V__Kingissepa_nim__kolhoos, lk 26
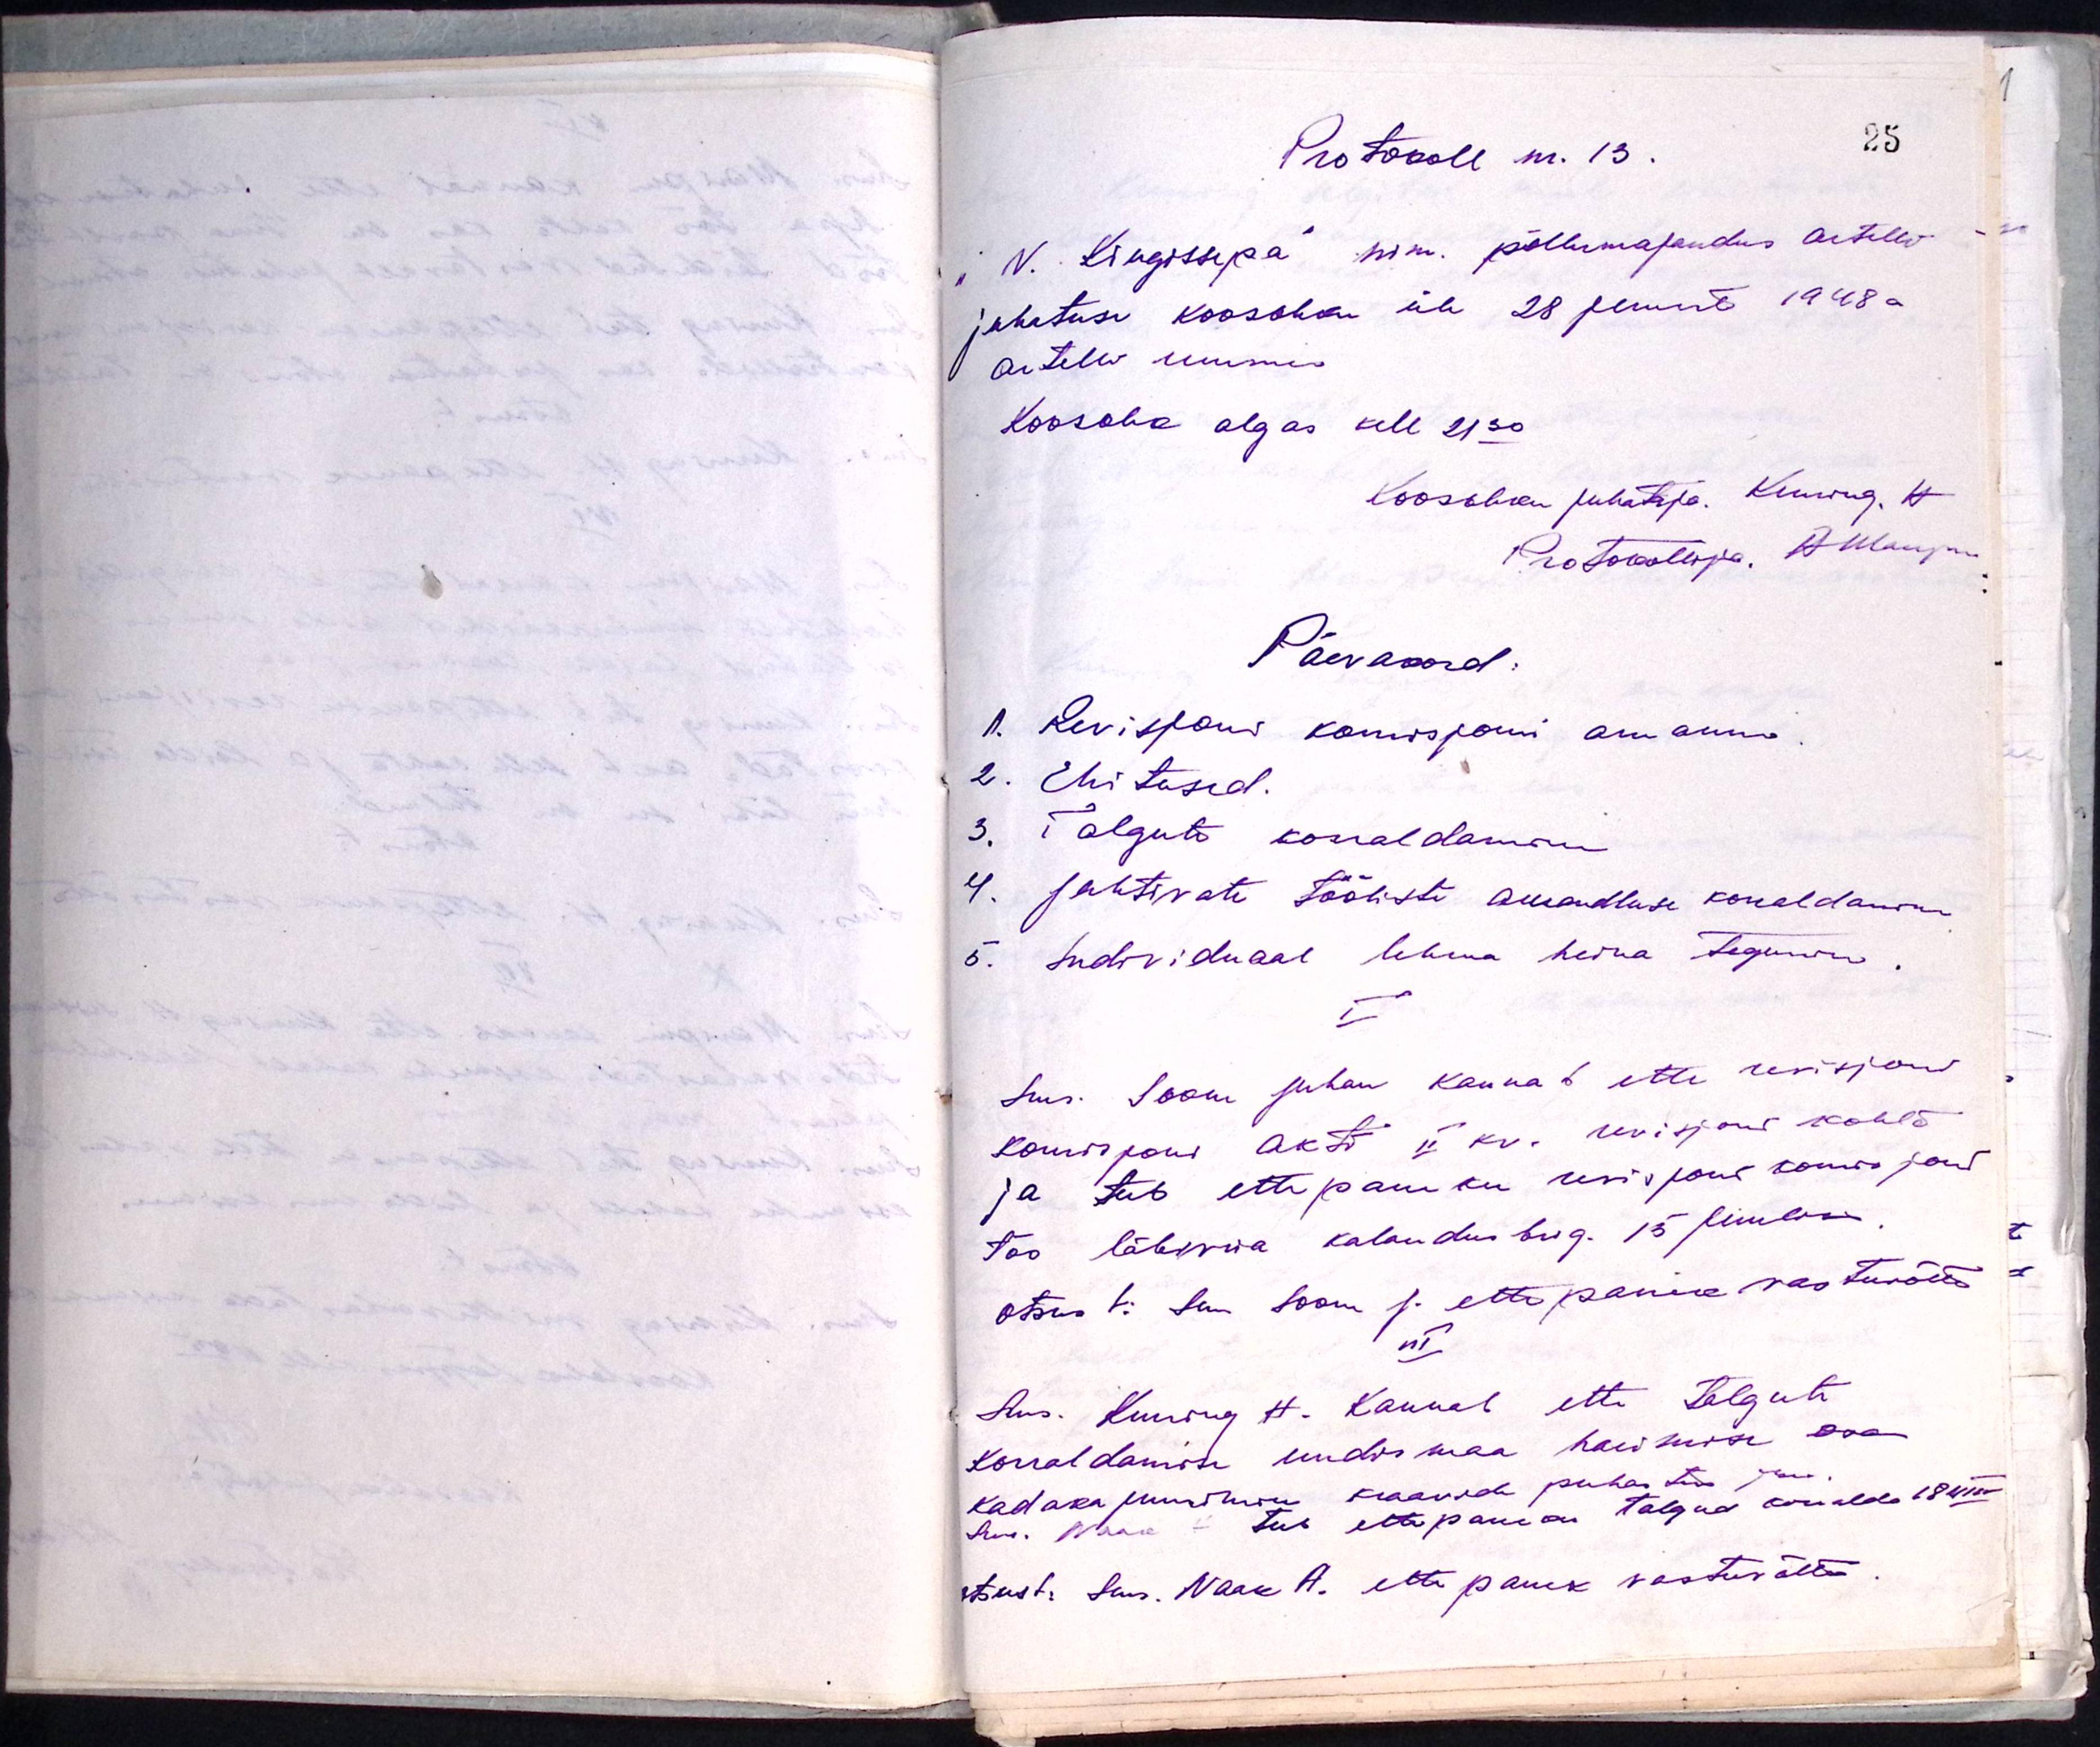
Protokoll nr. 13.
V. Kingissepa nim. põllumajandus artelli
juhatuse koosoleku üle 28 juunil 1948 a
artelli ruumis
Koosoleku algus kell 21.30
Koosoleku juhataja Kuning H.
Protokollija A. Maripuu
Päevakord:
1. Revisjoni komisjoni aruanne
2. Ehitused.
3. Talgute korraldamine
4. Jahtivate tööliste aruandluse korraldamine
5. Individuaal lehma heina tegemine
I
Sms. Soom Juhan kannab ette revisjoni
komisjoni Akti II kv. revisjoni kohta
ja teeb ettepaneku revisjoni komisjoni
töö läbiviia kalandus brig. 15 juulini
otsust:. Sm. Soom J. ettepanek vastuvõetud
II
Sms. Kuning H. Kannab ette talgute
korraldamise uudis maa harimise osa
kadakapadriku kraavid puhastud sai.
Sms. Naak teeb ettepaneku talgud korralda 18 VIII
Otsust: Sms. Naak A. ettepanek vastuvõtta